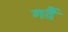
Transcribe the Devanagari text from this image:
गर्दै